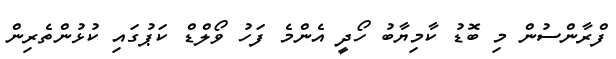
ފްރާންސުން މި ބޮޑު ކާމިޔާބު ހޯދީ އެންމެ ފަހު ވޯލްޑް ކަޕުގައި ކުޅުންތެރިން